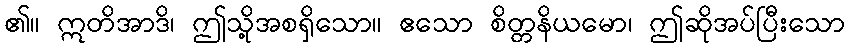
၏။ ဣတိအာဒိ၊ ဤသို့အစရှိသော။ ဧသော စိတ္တနိယမော၊ ဤဆိုအပ်ပြီးသော